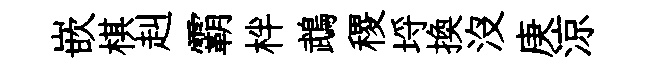
嵌棋赳霸柈鵡稷埓換没庚涼